Annual statistical returns and brief notes on vaccination in Bengal - 1909-1929
Year: 1909
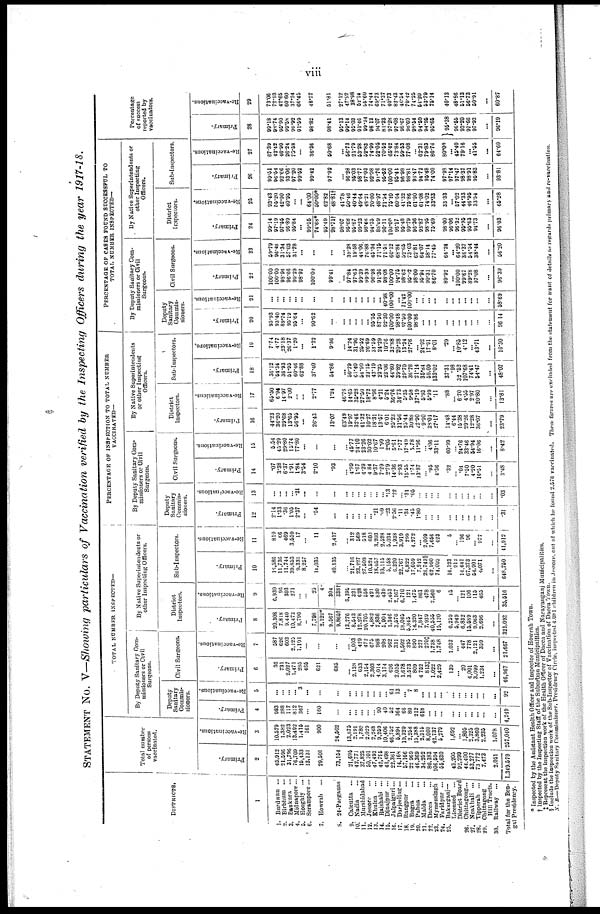
viii
STATEMENT No. V—Showing particulars of Vaccination verified by the Inspecting Officers during the year 1917-18.
DISTRICTS.
1
1.
Burdwan...
2.
Birbhum...
3.
Bankura...
4. Midnapore...
5.
Hooghly...
6. Serampore ...
7. Howrah...
8. 24-Parganas...
9. Calcutta ...
10. Nadia...
11. Murshidabad...
12. Jessore...
13.
Khulna...
14.
Rajshahi...
15.
Dinajpur...
16. Jalpaiguri...
17. Darjeeling...
18. Rangpur ...
10. Bogra...
20. Pabna...
31. Malda...
22. Dacca...
33. Mymensingh...
24.
Faridpur...
23. Bakarganj—
Licensed...
District Board...
26. Chittagong...
27. Noakhali ...
28.
Tipperah...
29. Chittagong... Hill Tracts.
30. Railway ...
Total for the Ben-
gal Presidency.
Total number
of persons
vaccinated.
Primary.
2
45,912
21,596
31,796
76,709
15,433
13,131
29,501
73,154
21,695
42,771
37,825
50,101
47,493
42,795
43,498
22,361
14,168
57,166
22,969
46,369
34,252
80,183
106,594
55,630
43,205
92,299
44,400
53,277
73,772
7,473
2,051
1,349,579
Re-vaccinations.
3
10,579
1,382
2,023
13,492
1,415
161
900
24,502
13,675
2,191
1,780
2,029
2,248
9,259
10,406
46,752
5,894
19,320
2,258
15,388
2,315
8,060
42,737
5,279
1,692
... 1,805
2,325
3,860
2,235
1,078
257,040
TOTAL NUMBER INSPECTED—
By Deputy Sanitary Com-
missioners or Civil
Surgeons.
Deputy
Sanitary
Commis-
sioners.
Primary.
4
983
288
117
812
367
...
160
...
...
...
...
...
... 90
40
52
364
66
80
212
618
...
...
...
...
...
...
...
...
...
...
4,249
Re-vaccinations.
5
...
...
...
... 3
...
...
...
...
...
...
...
...
...
... 61
13
... 7
8
...
...
...
...
...
...
...
...
...
...
...
93
Civil Surgeons.
Primary.
6
36
731
2,027
1,471
285
465
621
685
...
2,138
633
2,154
2,303
4,014
3,174
626
2,035
1,678
3,573
809
4,752
813‡
1,022
2,429
139
... 20
4,001
3,099
1,234
...
46,967
Re-vaccinations.
7
587
626
603
2,125
1,101
...
...
...
...
1,003
429
472
675
988
208
962
331
1,502
395
890
277
270‡
1,738
1,748
1,032
... 447
778
2,121
359
...
21,667
By Native Superintendents or
other Inspecting Officers.
District
Inspectors.
Primary.
8
20,308
7,818
9,440
10,473
8,790
...
7,798
2,129*
9,567
9,865†
13,776
8,543
12,278
20,705
4,882
7,836
5,904
1,346
3,576
18,045
5,845
14,320
7,847
7,939
40,555
15,120
6,259
5,949
6,832
15,589
9,063
2,696
...
321,092
Re-vaccinations.
9
6,930
96
303
271
...
...
25
4
304
338†
6,395
321
628
558
421
830
439
2,453
2,167
6,710
121
1,475
861
478
2,560
6
15
... 121
106
115
463
...
35,516
Sub-Inspectors.
Primary.
10
l6,586
11,736
11,744
39,853
9,331
8,257
11,035
40,135
...
21,716
23,227
27,509
10,524
18,057
10,115
5,158
6,320
22,767
6,822 17,059
7,242
28,743§
62,990
74,003
16,123
912
14,441
67,373
54,901
4,071
...
648,750
Re-vaccinations.
11
819
66
469
3,559
17
...
11
2,417
...
312
569
518
603
3,203
2,528
5,034
1,938
3,919
299
4,272
... 2,009
7,656
423
5
... 196
96
... 977
...
41,912
PERCENTAGE OF INSPECTION TO TOTAL NUMBER
VACCINATED—
By Deputy Sanitary Com-
missioners or Civil
Surgeons.
Deputy
Sanitary
Commis-
sioners.
Primary.
12
2.14
1.33
.36
1.05
2.37
...
.54
...
...
...
...
... ... .21
.09
.23
2.56
.11
.34 .45
1.80
... ...
...
...
...
...
...
...
...
...
.31
Re-vaccinations.
13
...
...
...
... .21
...
...
...
...
...
...
...
...
...
... .13
.22
...
.31 .05
...
...
...
...
...
...
...
...
...
...
...
.03
Civil Surgeons.
Primary.
14
.07
3.38
6.37
1.91
1.84
3.54
2.10
.93
...
4.99
1.67
4.29
4.84
9.37
7.29
2.79
14.36
2.93
15.55
1.74
13.87
... .95
4.36
.32
... .04
7.50
4.20
16.51
...
3.48
Re-vaccinations.
15
5.54
45.29
29.80
15.74
77.80
...
...
...
...
46.77
24.10
23.26
30.02
10.67
1.99
2.05
5.61
7.77
17.49
5.78
11.96
... 4.06
33.11
60.99
...
24.76
33.46
54.94
16.06
...
8.42
By Native Superintendents
or other Inspecting
Officers.
District
Inspectors.
Primary.
16
44.23
36.20
29.68
13.65
56.95
...
26.43
13.07
63.49
19.97
32.46
41.32
10.27
18.31
13.57 6.01
25.23
31.56
23.44 30.88
22.90
9.90
38.01
27.17
14.48
6.44
15.38
29.26
12.28
36.07
...
23.79
Re-vaccinations.
17
65.50
6.94
14.97
2.00
... ...
2.77
1.24
46.76
14.65
35.28
27.50
18.72
8.96
4.21
5.24
36.76
34.73
5.35 9.58
37.19
5.93
5.99
.11
.88
... 6.70
4.55
2.97
20.80
...
13.81
Sub-Inspectors.
Primary.
18
36.12
54.34
36.93
51.95
60.46
62.88
37.40
54.86
...
50.79
61.40
54.90
22.16
42.19
23.25
23.06
44.60
39.82
29.70 36.78
21.14
35.84
59.09
133.02
37.31
.98
32.52
107.68
74.41
54.47
...
48.07
Re-vaccinations.
19
7.74
4.77
23.18
26.37
1.20
...
1.22
9.36
...
14.24
31.96
25.52
26.69
34.59
24.29
10.76
32.88
20.28
13.24 27.76
...
24.92
17.91
8.01
.29
...
10.85
4. 12
...
43.71
...
16.30
PERCENTAGE OF CASES FOUND SUCCESSFUL TO
TOTAL NUMBER INSPECTED—
By Deputy Sanitary Com-
missioners or Civil
Surgeons.
Deputy
Sanitary
Commis-
sioners.
Primary.
20
95.93
93.40
89.74
95.19
95.64
...
90.62
...
...
...
...
... ...
95.56
87.55 92.30
100.00
98.48
97.50 100.00
98.86
...
...
...
...
...
...
...
...
...
...
96.14
Re-vaccinations.
21
...
...
...
...
...
...
...
...
...
...
...
...
...
...
...
40.98
100.00
...
71.42 100.00
...
...
...
...
...
...
...
...
...
...
...
58.69
Civil Surgeons.
Primary.
22
100.00
100.00
98.96
96.66
99.29
98.92
100.00
99.41
...
97.84
97.63
99.39
99.39
96.98
91.36
98.08
100.00
94.75
98.62 95.02
98.00
95.94
90.31
86.70
89.92
...
100.00
99.67
89.28
97.08
...
96.39
Re-vaccinations.
23
59.79
93.48
31.34
57.03
31.78
...
...
...
...
39.28
19.58
44.06
76.88
45.34
71.15
71.51
60.12
68.84
52.65 73.03
62.81
64.07
38.14
77.45
64.24
...
64.20
36.37
54.54
38.44
...
56.20
By Native Superintendents or
other Inspecting
Officers.
District
Inspectors.
Primary,
24
99.14
97.19
97.55
96.89
95.84
...
99.56
74.68*
95.49
98.71†
98.07
96.68
95.87
99.23
98.48
94.35
88.09
90.11
100.00
96.17
95.48 99.79
96.36
93.87
98.95
75.69
98.00
96.06
96.32
95.95
95.63
94.73
...
96.03
Re-vaccinations.
25
93.43
55.20
42.90
40.95
... ...
64.00
50.00
62.82
48.81†
41.78
50.46
40.44
49.64
48.21
70.00
48.97
71.54
75.40
60.64
41.32
75.86
61.96
61.08
74.02
33.33
33.33
...
57.02
44.33
46.95
33.54
...
66.28
Sub-Inspectors.
Primary.
26
99.51
96.54
92.66
93.06
97.20
99.52
99.42
97.92
...
96.28
95.03
98.77
97.93
92.98
91.76
96.52
100.00
95.41
96.98
98.81
98.47
94.72
95.48
74.00
97.93
97.14
97.47
98.37
98.91
95.83
...
93.81
Re-vaccinations.
27
67.39
42.42
46.90
26.24
70.58
...
36.36
50.68
...
56.73
21.79
63.28
52.83
74.99
52.05
70.52
65.42
73.84
59.53
77.08
... 62.31
79.83
86.76
80.00
...
45.40
79.16
...
41.55
...
64.60
Percentage
Of Success
reported by
vaccinators.
Primary.
28
99.18
98.74
95.90
99.58
99.92
91.59
98.82
98.41
95.13
99.14
95.03
91.46
99.34
98.13
94.07
81.23
97.28
97.08
98.67
98.60
98.54
94.59
94.96
95.66
95.38
... 96.55
93.20
97.66
97.93
...
96.19
Re-vaccinations.
29
73.06
72.93
42.65
60.60
37.24
66.45
48.77
51.81
27.12
47.62
38.98
52.14
55.60
74.44
69.73
71.37
40.73
82.43
46.54 70.42
74.25
54.20
53.79
75.14
40.13
... 48.86
51.13
56.73
50.91
...
60.87
* Inspected by the Assistant Health Officer and Inspector of Howrah Town.
† Inspected by the Inspecting Staff of the Suburban Municipalities.
‡ Represent the inspection work of the Health Officer of Dacca and Narayanganj Municipalities.
§ Include the inspection work of the Sub-Inspector of Vaccination of Dacca Town.
N.B.—Deputy Sanitary Commissioner, Presidency Circle, inspected 4,081 children in Jessore, out of which he found 2,576 vaccinated. These figures are excluded from the statement for want of details as regards primary and re-vaccination.